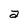
Character: a